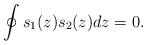
\begin{align*}\oint s_{1}(z) s_2(z)dz=0.\end{align*}